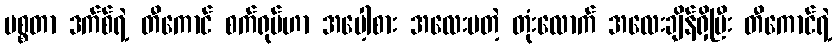
မစ္စတာ ဒက်စ်ရဲ့ တီကောင် စက်ရုပ်ဟာ အပေါ့စား အလေးမတဲ့ တုံးလောက် အလေးချိန်ရှိပြီး တီကောင်ရဲ့